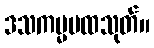
ဒသကမ္မပထသုတ်။